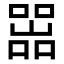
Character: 𡼚